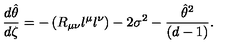
{ \frac { d \hat { \theta } } { d \zeta } } = - \left( R _ { \mu \nu } l ^ { \mu } l ^ { \nu } \right) - 2 \sigma ^ { 2 } - { \frac { { \hat { \theta } } ^ { 2 } } { ( d - 1 ) } } .